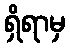
ရှိရာမှ